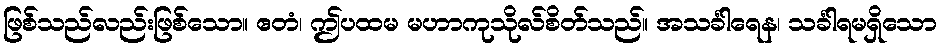
ဖြစ်သည်လည်းဖြစ်သော။ ဧတံ၊ ဤပထမ မဟာကုသိုလ်စိတ်သည်။ အသင်္ခါရေန၊ သင်္ခါရမရှိသော